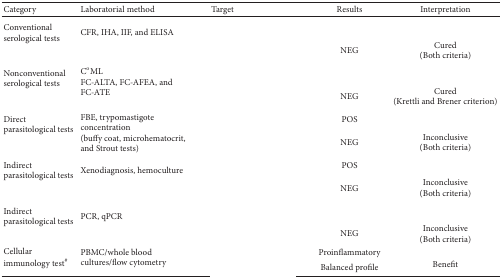
<table><thead><tr><td><b>Category</b></td><td><b>Laboratorial method</b></td><td><b>Target</b></td><td><b>Results</b></td><td><b>Interpretation</b></td></tr></thead><tbody><tr><td rowspan="2">Conventional serological tests</td><td rowspan="2">CFR, IHA, IIF, and ELISA</td><td rowspan="2">[EMPTY_CELL]</td><td>[EMPTY_CELL]</td><td>[EMPTY_CELL]</td></tr><tr><td>NEG</td><td>Cured(Both criteria)</td></tr><tr><td rowspan="2">Nonconventionalserological tests</td><td rowspan="2">C<sup>o</sup>ML FC-ALTA, FC-AFEA, and FC-ATE</td><td rowspan="2">[EMPTY_CELL]</td><td>[EMPTY_CELL]</td><td>[EMPTY_CELL]</td></tr><tr><td>NEG</td><td>Cured (Krettli and Brener criterion)</td></tr><tr><td rowspan="2">Directparasitological tests</td><td rowspan="2">FBE, trypomastigote concentration(buffy coat, microhematocrit, and Strout tests)</td><td rowspan="2">[EMPTY_CELL]</td><td>POS</td><td>[EMPTY_CELL]</td></tr><tr><td>NEG</td><td>Inconclusive(Both criteria)</td></tr><tr><td rowspan="2">Indirectparasitological tests</td><td rowspan="2">Xenodiagnosis, hemoculture</td><td rowspan="2">[EMPTY_CELL]</td><td>POS</td><td>[EMPTY_CELL]</td></tr><tr><td>NEG</td><td>Inconclusive(Both criteria)</td></tr><tr><td rowspan="2">Indirectparasitological tests</td><td rowspan="2">PCR, qPCR</td><td rowspan="2">[EMPTY_CELL]</td><td>[EMPTY_CELL]</td><td>[EMPTY_CELL]</td></tr><tr><td>NEG</td><td>Inconclusive(Both criteria)</td></tr><tr><td rowspan="2">Cellularimmunology test<sup>#</sup></td><td rowspan="2">PBMC/whole blood cultures/flow cytometry</td><td rowspan="2">[EMPTY_CELL]</td><td>Proinflammatory</td><td>[EMPTY_CELL]</td></tr><tr><td>Balanced profile</td><td>Benefit</td></tr></tbody></table>